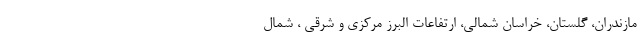
مازندران، گلستان، خراسان شمالی، ارتفاعات البرز مرکزی و شرقی ، شمال